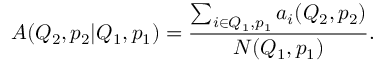
A ( Q _ { 2 } , p _ { 2 } | Q _ { 1 } , p _ { 1 } ) = \frac { \sum _ { i \in Q _ { 1 } , p _ { 1 } } a _ { i } ( Q _ { 2 } , p _ { 2 } ) } { N ( Q _ { 1 } , p _ { 1 } ) } .